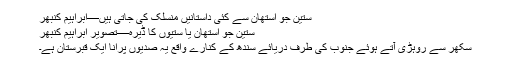
ستین جو آستھان سے کئی داستانیں منسلک کی جاتی ہیں—ابراہیم کنبھر
ستین جو آستھان یا ستیوں کا ڈیرہ—تصویر ابراہیم کنبھر
سکھر سے روہڑی آتے ہوئے جنوب کی طرف دریائے سندھ کے کنارے واقع یہ صدیوں پرانا ایک قبرستان ہے۔